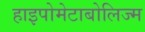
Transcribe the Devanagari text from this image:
हाइपोमेटाबोलिज्म